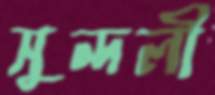
সুন্দলী